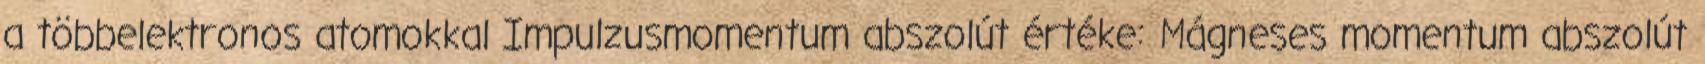
a többelektronos atomokkal Impulzusmomentum abszolút értéke: Mágneses momentum abszolút